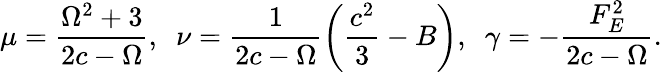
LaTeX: \mu=\frac{\Omega^{2}+3}{2c-\Omega},\; \ \nu=\frac{1}{2c-\Omega}\left(\frac{c^{2}}{3}-B\right),\; \ \gamma=-\frac{F_{E}^{2}}{2c-\Omega}.